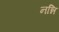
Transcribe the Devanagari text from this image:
नन्नि